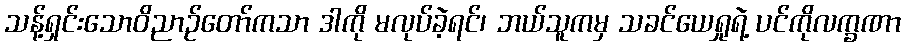
သန့်ရှင်းသောဝိညာဉ်တော်ကသာ ဒါကို မလုပ်ခဲ့ရင်၊ ဘယ်သူကမှ သခင်ယေရှုရဲ့ ပင်ကိုလက္ခဏာ